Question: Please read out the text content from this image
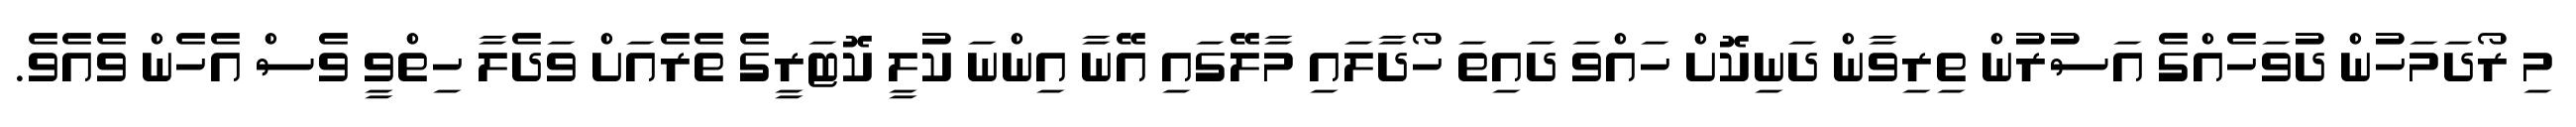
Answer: މި ރޯދަމަހުން ދުވަހެއްގެ އަސުރުން ތިރިވާން ދަނިކޮށް ހައްވަ ދައިތަ ހޯދާލައި މާލޭގައި އޭނާ އިންނަ ކުލީ ކޮޓަރީގެ ތެރެއަށް ވަދެލާ ހިތްވީ ވެސް އެހެން ވެއެވެ.